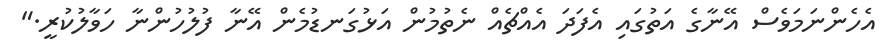
އެހެންނަމަވެސް އޭނާގެ އަތުގައި އެފަދަ އެއްޗެއް ނެތުމުން އަޅުގަނޑުމެން އޭނާ ފުލުހުންނާ ހަވާލުކުރީ."